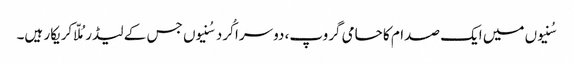
سُنیوں میں ایک صدام کا حامی گروپ، دوسرا کُرد سُنیوں جس کے لیڈرمُلّا کریکار ہیں۔